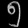
Digit: ၅